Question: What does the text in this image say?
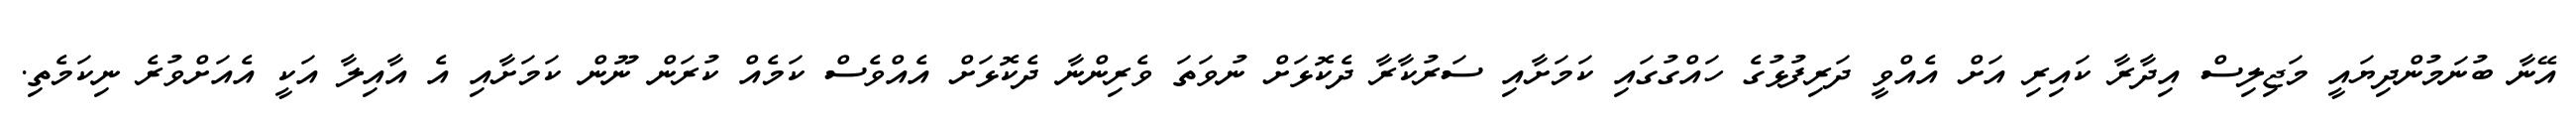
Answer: އޭނާ ބުނަމުންދިޔައީ މަޖިލިސް އިދާރާ ކައިރި އަށް އެއްވީ ދަރިފުޅުގެ ހައްގުގައި ކަމަށާއި ސަރުކާރާ ދެކޮޅަށް ނުވަތަ ވެރިންނާ ދެކޮޅަށް އެއްވެސް ކަމެއް ކުރަން ނޫން ކަމަށާއި އެ އާއިލާ އަކީ އެއަށްވުރެ ނިކަމެތި.